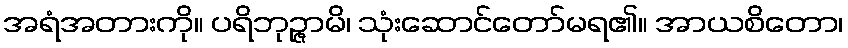
အရံအတားကို။ ပရိဘုဉ္ဇာမိ၊ သုံးဆောင်တော်မရ၏။ အာယစိတော၊